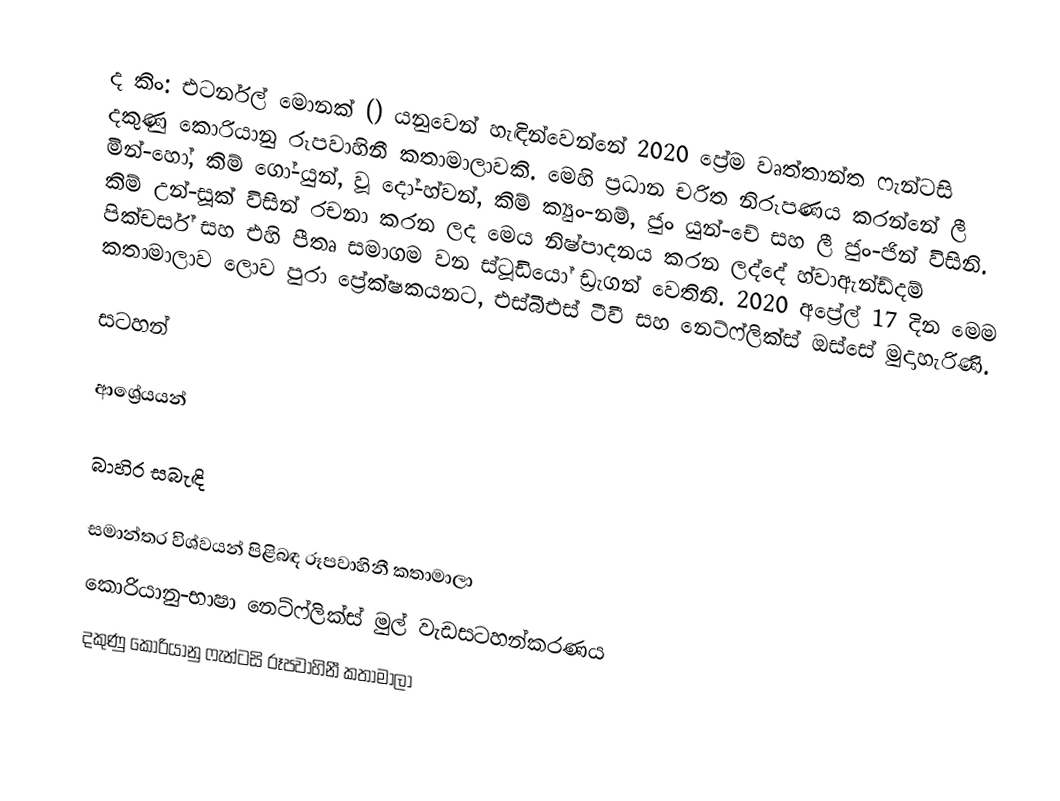
ද කිං: එටර්නල් මොනක් () යනුවෙන් හැඳින්වෙන්නේ 2020 ප්‍රේම වෘත්තාන්ත ෆැන්ටසි දකුණු කොරියානු රූපවාහිනී කතාමාලාවකි. මෙහි ප්‍රධාන චරිත නිරූපණය කරන්නේ ලී මින්-හෝ, කිම් ගෝ-යුන්, වූ දෝ-හ්වන්, කිම් ක්‍යුං-නම්, ජුං යුන්-චේ සහ ලී ජුං-ජින් විසිනි. කිම් ‍උන්-සූක් විසින් රචනා කරන ලද මෙය නිෂ්පාදනය කරන ලද්දේ හ්වාඇන්ඩ්දම් පික්චර්ස් සහ එහි පීතෘ සමාගම වන ස්ටූඩියෝ ඩ්‍රැගන් වෙතිනි. 2020 අප්‍රේල් 17 දින මෙම කතාමාලාව ලොව පුරා ප්‍රේක්ෂකයනට, එස්බීඑස් ටීවී සහ නෙට්ෆ්ලික්ස් ඔස්සේ මුදාහැරිණි.

සටහන්

ආශ්‍රේයයන්

බාහිර සබැඳි

සමාන්තර විශ්වයන් පිළිබඳ රූපවාහිනී කතාමාලා
කොරියානු-භාෂා නෙට්ෆ්ලික්ස් මුල් වැඩසටහන්කරණය
දකුණු කොරියානු ෆැන්ටසි රූපවාහිනී කතාමාලා